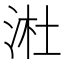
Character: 𬇩